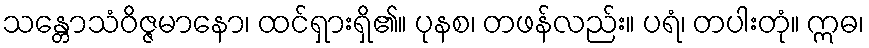
သန္တောသံဝိဇ္ဇမာနော၊ ထင်ရှားရှိ၏။ ပုနစ၊ တဖန်လည်း။ ပရံ၊ တပါးတုံ။ ဣဓ၊